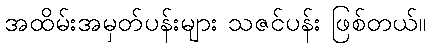
အထိမ်းအမှတ်ပန်းများ သဇင်ပန်း ဖြစ်တယ်။